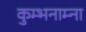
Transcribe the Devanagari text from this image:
कुम्भनाम्ना